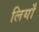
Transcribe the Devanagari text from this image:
लियाँ